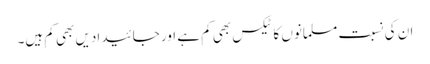
ان کی نسبت مسلمانوں کا ٹیکس بھی کم ہے اور جائیدادیں بھی کم ہیں۔